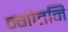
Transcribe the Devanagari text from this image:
न्गोतनि